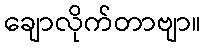
ချောလိုက်တာဗျာ။